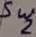
Text: Sw2